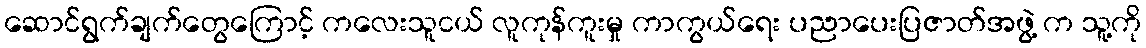
ဆောင်ရွက်ချက်တွေကြောင့် ကလေးသူငယ် လူကုန်ကူးမှု ကာကွယ်ရေး ပညာပေးပြဇာတ်အဖွဲ့ က သူ့ကို